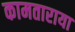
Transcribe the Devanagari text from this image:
कामताराया